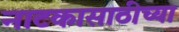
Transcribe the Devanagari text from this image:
नाटकासाठीच्या